Insane asylums in Bengal annual reports 1867-1875 - 1867-1875
Year: 1867
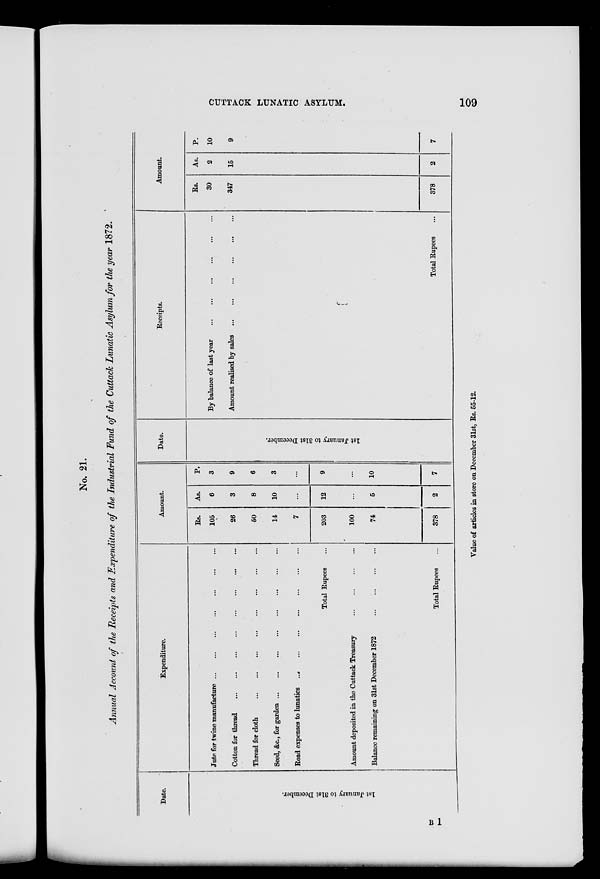
CUTTACK LUNATIC ASYLUM.
109
No. 21.
Annual Account of the Receipts and Expenditure of the Industrial Fund of the Cuttack Lunatic Asylum for the year 1872.
Date.
1st J anuar y to 31st De c e mbe r
.
Expenditure.
Jute for twine manufacture
...
...
...
...
...
...
...
Cotton for thread
...
...
...
...
...
...
...
Thread for cloth
...
...
...
...
...
...
...
Seed, &c., for garden
...
...
...
...
...
...
...
Road expenses to lunatics
... ... ... ... ... ... ... ...
Total Rupees ...
Amount deposited in the Cuttack Treasury
...
...
...
...
Balance remaining on 31st December 1872
...
...
...
...
Total Rupees ...
Amount.
Rs.
105
26
50
14
7
203
100
74
378
As.
6
3
8
10
...
12
...
5
2
P.
3
9
6
3
...
9
...
10
7
Date.
1st J anuar y to 31st De c e mbe r
.
Receipts.
By balance of last year
...
...
...
...
...
...
Amount realised by sales
...
...
...
...
...
Total Rupees ...
Amount.
Rs.
30
347
378
As.
2
15
2
P.
10
9
7
Value of articles in store on December 31st, Rs. 55-12.
B1